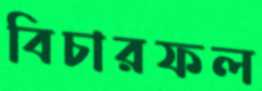
বিচারফল